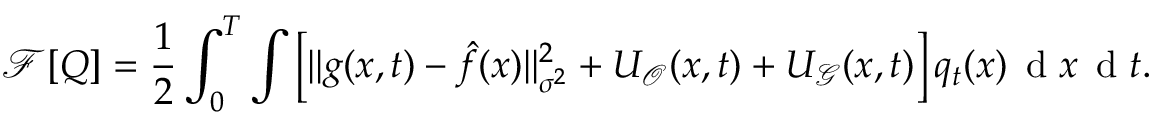
\small \mathcal { F } [ Q ] = \frac { 1 } { 2 } \int _ { 0 } ^ { T } \int \Big [ \| g ( x , t ) - \hat { f } ( x ) \| _ { \sigma ^ { 2 } } ^ { 2 } + { U _ { \mathcal { O } } ( x , t ) } + { U _ { \mathcal { G } } ( x , t ) } \Big ] \, q _ { t } ( x ) \, \mathrm { ~ d ~ } x \, \mathrm { ~ d ~ } t .